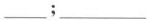
___;___